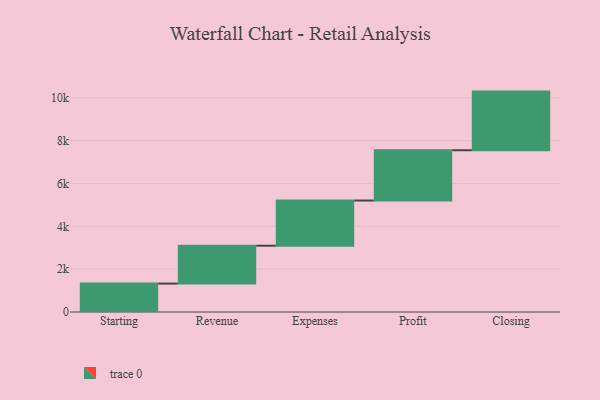
{"axis": {"x": "Step", "y": "Value"}, "legend": [""], "data": [{"x": "Starting", "y": 1327.0, "type": ""}, {"x": "Revenue", "y": 1769.0, "type": ""}, {"x": "Expenses", "y": 2111.0, "type": ""}, {"x": "Profit", "y": 2349.0, "type": ""}, {"x": "Closing", "y": 2739.0, "type": ""}]}